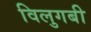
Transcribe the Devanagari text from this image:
विलुगबी